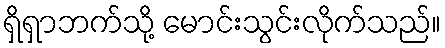
ရှိရှာဘက်သို့ မောင်းသွင်းလိုက်သည်။